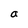
Character: a